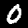
Digit: 0